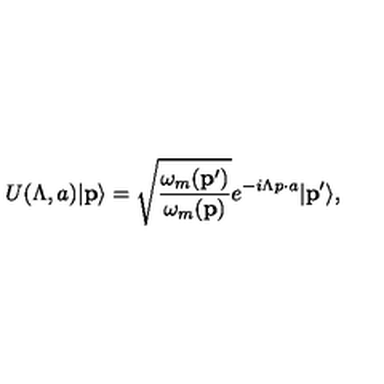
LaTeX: U ( \Lambda , a ) \vert { \bf p } \rangle = \sqrt { { \frac { \omega _ { m } ( { \bf p } ^ { \prime } ) } { \omega _ { m } ( { \bf p } ) } } } e ^ { - i \Lambda p \cdot a } \vert { \bf p } ^ { \prime } \rangle ,